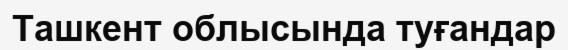
Ташкент облысында туғандар